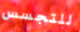
للتجسس